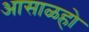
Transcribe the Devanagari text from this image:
आसाळहो